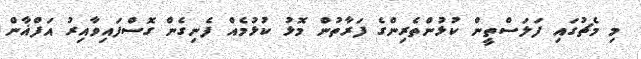
މި މެޗުގައި ފަލަސްތީން ކުޅުންތެރިންގެ ފަރާތުން މޮޅު ކުޅުމެއް ފެނިގެން ގޮސްފައިވާއިރު އަފްޣާން